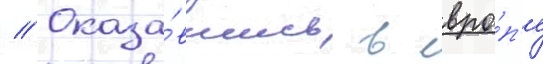
// Оказа́вшись в евро́п'е